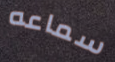
سماعه